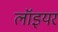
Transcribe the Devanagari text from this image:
लॉइयर